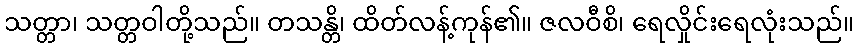
သတ္တာ၊ သတ္တဝါတို့သည်။ တသန္တိ၊ ထိတ်လန့်ကုန်၏။ ဇလဝီစိ၊ ရေလှိုင်းရေလုံးသည်။